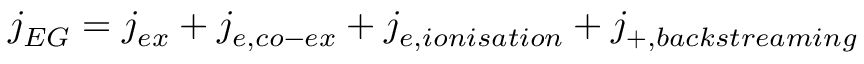
j _ { E G } = j _ { e x } + j _ { e , c o - e x } + j _ { e , i o n i s a t i o n } + j _ { + , b a c k s t r e a m i n g }